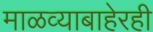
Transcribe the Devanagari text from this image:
माळव्याबाहेरही